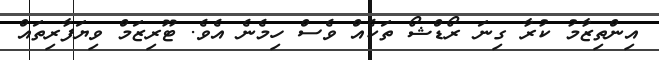
އިންތިޒާމު ކުރާ ގިނަ ރޯޑްޝޯ ތަކެއް ވެސް ހިމެނެ އެވެ. ޓޫރިޒަމް ވިޔަފާރިތައް